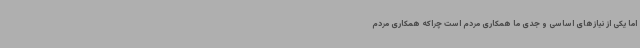
اما یکی از نیازهای اساسی و جدی ما همکاری مردم است چراکه همکاری مردم